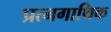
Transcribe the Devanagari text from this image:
प्रत्नगाथिक